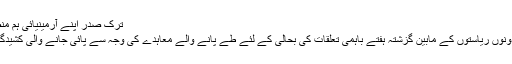
ترک صدر اپنے آرمینیائی ہم منصب کے ساتھ
اس کا مقصد دونوں ریاستوں کے مابین گزشتہ ہفتے باہمی تعلقات کی بحالی کے لئے طے پانے والے معاہدے کی وجہ سے پائی جانے والی کشیدگی کاخاتمہ تھا۔